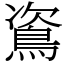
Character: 䳐